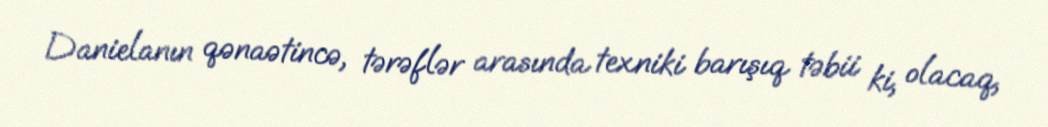
Danielanın qənaətincə, tərəflər arasında texniki barışıq təbii ki, olacaq,